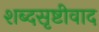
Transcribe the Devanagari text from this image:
शब्दसृष्टीवाद